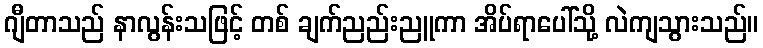
ဂျီတာသည် နာလွန်းသဖြင့် တစ် ချက်ညည်းညူကာ အိပ်ရာပေါ်သို့ လဲကျသွားသည်။